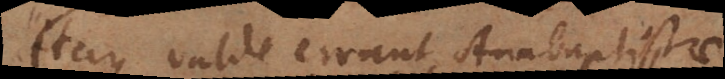
Itaque valde errant Anabaptistae